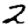
Digit: 2